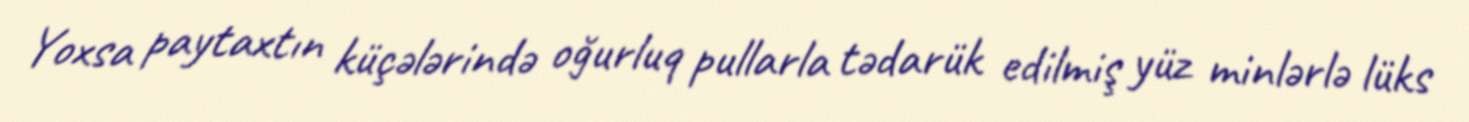
Yoxsa paytaxtın küçələrində oğurluq pullarla tədarük edilmiş yüz minlərlə lüks